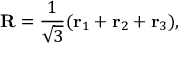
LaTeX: { \bf R } = \frac { 1 } { \sqrt { 3 } } ( { \bf r } _ { 1 } + { \bf r } _ { 2 } + { \bf r } _ { 3 } ) ,